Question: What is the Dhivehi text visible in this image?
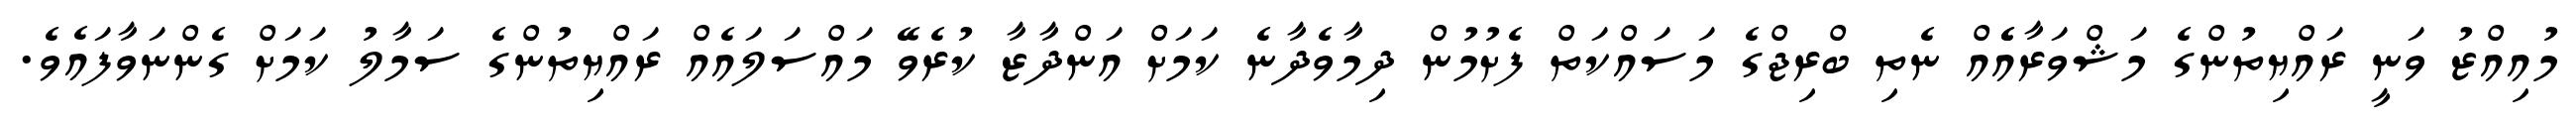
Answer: މުއިއްޒު ވަނީ ރައްޔިތުންގެ މަޝްވަރާއެެއް ނެތި ބްރިޖްގެ މަސައްކަތް ފެށުމުން ދިމާވެދާނެ ކަމަށް އަންދާޒާ ކުރެވޭ މައްސަލައެއް ރައްޔިތުންގެ ސަމާލު ކަމަށް ގެންނަވާފައެވެ.